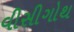
વીસીગોથ